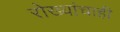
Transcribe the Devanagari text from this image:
रोख्यांचाही